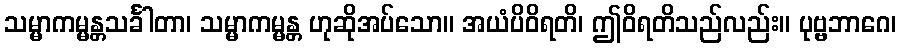
သမ္မာကမ္မန္တသင်္ခါတာ၊ သမ္မာကမ္မန္တ ဟုဆိုအပ်သော။ အယံပိဝိရတိ၊ ဤဝိရတိသည်လည်း။ ပုဗ္ဗဘာဂေ၊